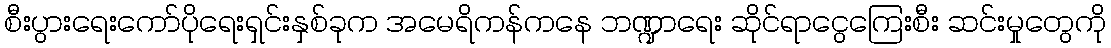
စီးပွားရေးကော်ပိုရေးရှင်းနှစ်ခုက အမေရိကန်ကနေ ဘဏ္ဍာရေး ဆိုင်ရာငွေကြေးစီး ဆင်းမှုတွေကို